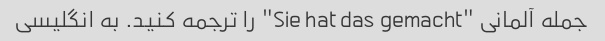
جمله آلمانی "Sie hat das gemacht" را ترجمه کنید. به انگلیسی